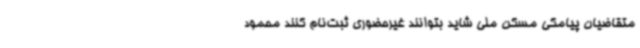
متقاضیان پیامکی مسکن ملی شاید بتوانند غیرحضوری ثبت‌نام کنند محمود